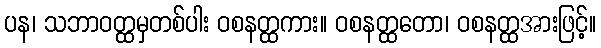
ပန၊ သဘာဝတ္ထမှတစ်ပါး ဝစနတ္ထကား။ ဝစနတ္ထတော၊ ဝစနတ္ထအားဖြင့်။